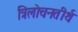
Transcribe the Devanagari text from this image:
त्रिलोचनतीर्थ